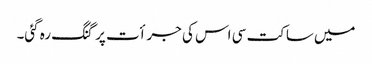
میں ساکت سی اس کی جرأت پر گنگ رہ گئی۔